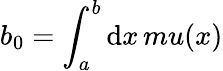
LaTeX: b_{0}=\int_{a}^{b}\mathrm{d}x\, mu(x)